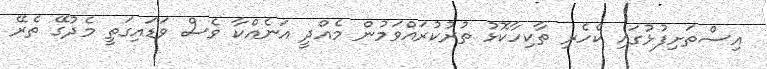
އިސްތަށިފުޅުގައި ކެހެރި ތާކިހާކޮޅު ތުރުކުރައްވަމުން މެއްދީ އަނެއްކާ ވެސް ވަޑައިގަތީ މެދުގޭ ތެރޭ